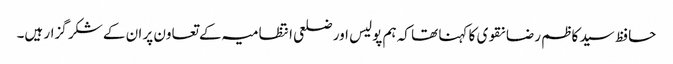
حافظ سید کاظم رضا نقوی کا کہنا تھا کہ ہم پولیس اور ضلعی انتظامیہ کے تعاون پر ان کے شکر گزار ہیں۔